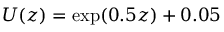
U ( z ) = \exp ( 0 . 5 z ) + 0 . 0 5